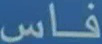
فاس